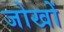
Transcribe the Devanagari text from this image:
जोखों